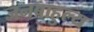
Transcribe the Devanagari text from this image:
जनबाहुल्य